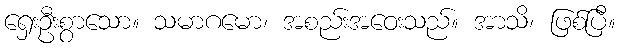
ရှေးဦးစွာသော။ သမာဂမော၊ အစည်းအဝေးသည်။ အာသိ၊ ဖြစ်ပြီ။